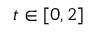
t \in [ 0 , 2 ]